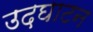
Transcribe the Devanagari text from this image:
उद़घाटन